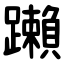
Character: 䠭